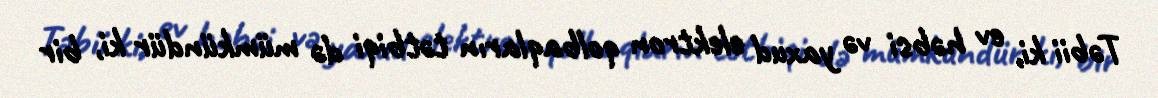
Təbii ki, ev həbsi və yaxud elektron qolbaqların tətbiqi də mümkündür ki, bir